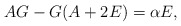
\begin{align*}AG-G(A+2E)=\alpha E,\end{align*}